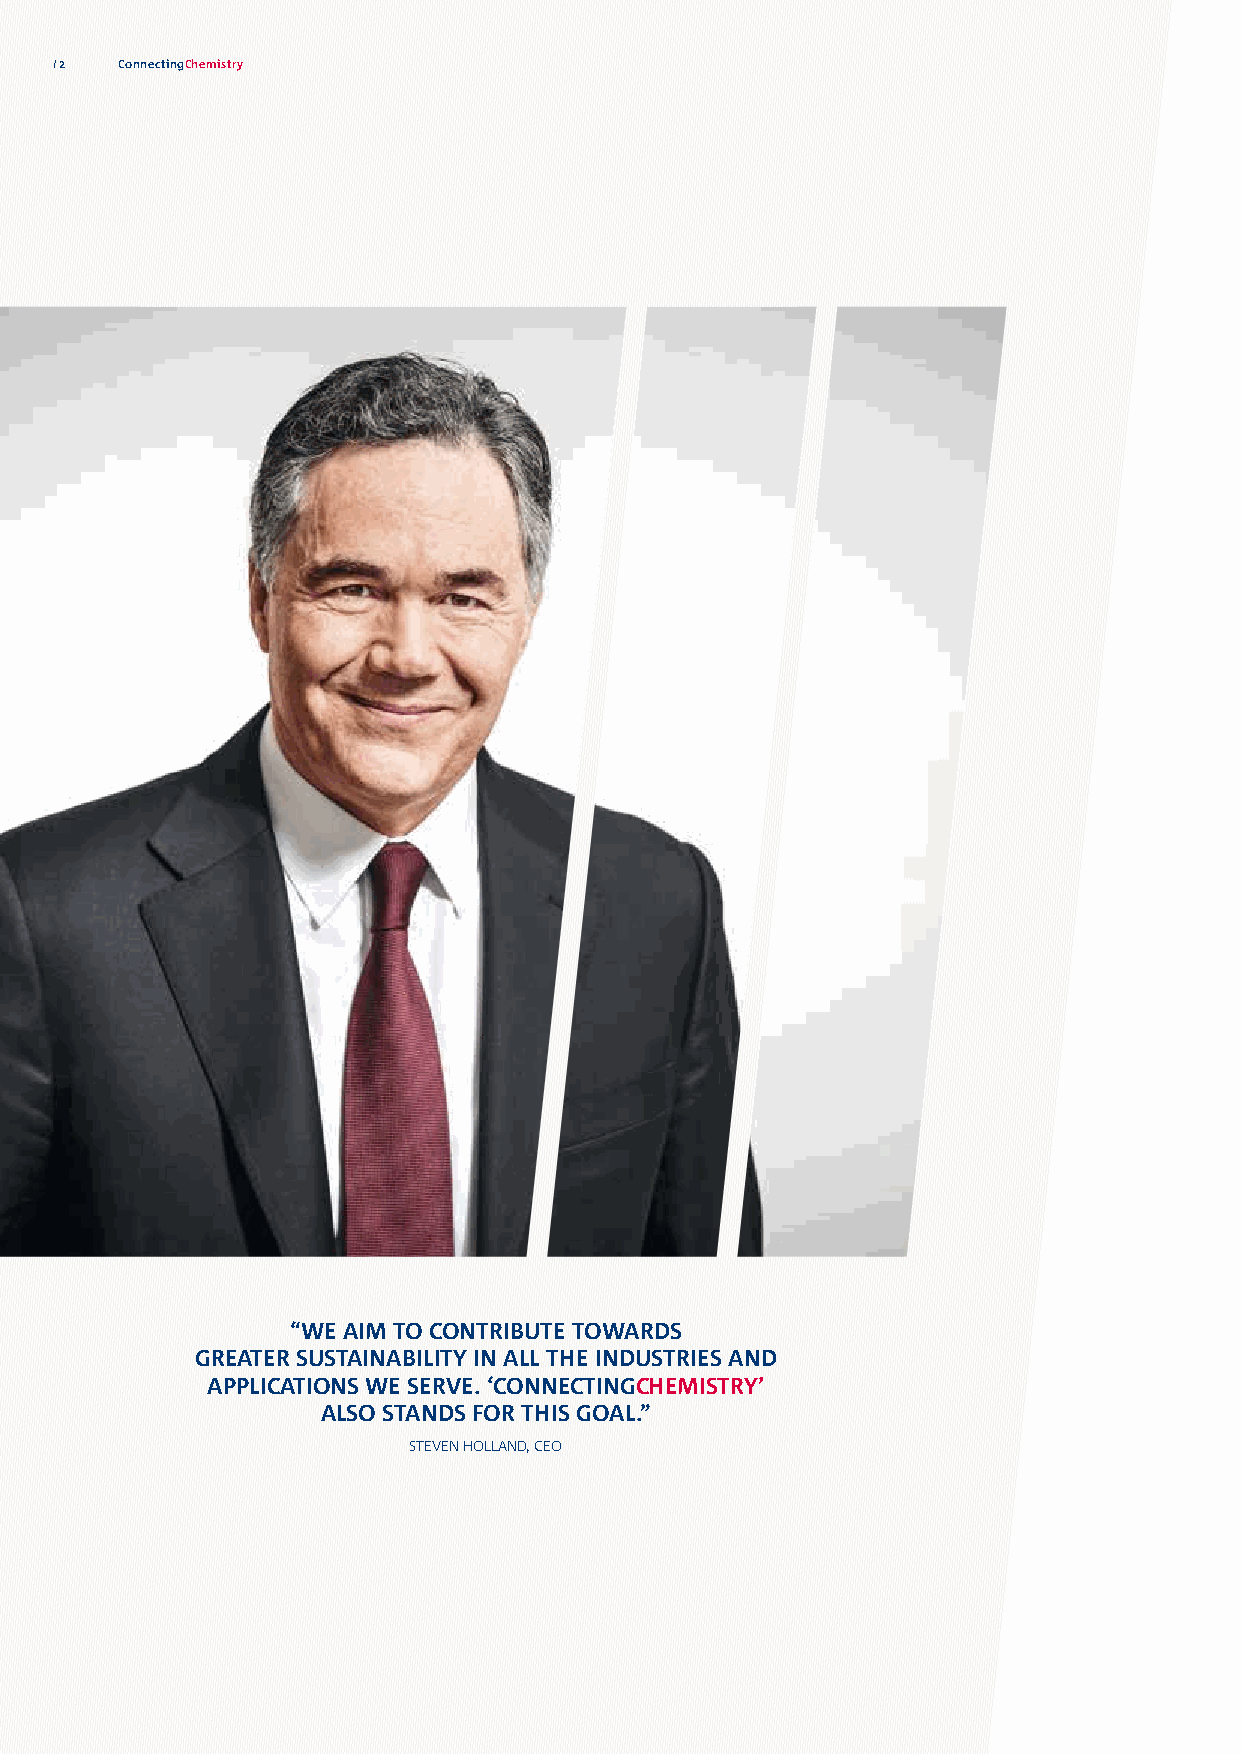
2   ConnectingChemistry
 “WE AIM TO CONTRIBUTE TOWARDS
 GREATER SUSTAINABILITY IN ALL THE INDUSTRIES AND
 APPLICATIONS WE SERVE. ‘CONNECTINGCHEMISTRY’
 ALSO STANDS FOR THIS GOAL.”
 STEVEN HOLLAND, CEO